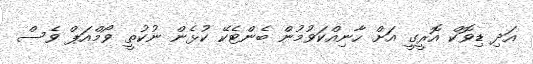
އަދި ޑިވޮކް އޮރީގީ އަށް ހާނިއްކަވުމުން ބެންޓެކޭ ކުޅެން ނުކުތީ ވޯމްއަޕް ވެސް